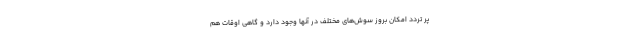
پر تردد امکان بروز سوش‌های مختلف در آنها وجود دارد و گاهی اوقات هم